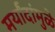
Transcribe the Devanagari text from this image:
मर्यांदांमुळे